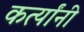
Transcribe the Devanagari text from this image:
कर्त्यांनी